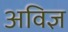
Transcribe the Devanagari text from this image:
अविज्ञ